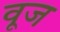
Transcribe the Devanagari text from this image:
वूज